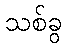
သစ်ခွ